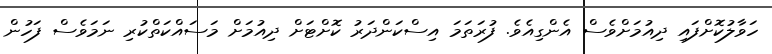
ހަވާލުކޮށްފައި ދިއުމަށްވެސް އެންގިއެވެ. ފުރަތަމަ އިސްކަންދަރު ކޮށްޓަށް ދިއުމަށް މަސައްކަތްކުރި ނަމަވެސް ފަހުން